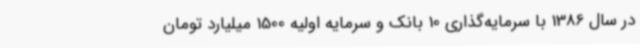
در سال 1386 با سرمایه‌گذاری 10 بانک و سرمایه اولیه 1500 میلیارد تومان